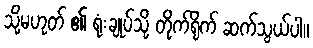
သို့မဟုတ် ၏ ရုံးချုပ်သို့ တိုက်ရိုက် ဆက်သွယ်ပါ။